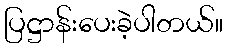
ပြဋ္ဌာန်းပေးခဲ့ပါတယ်။